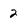
Character: 2